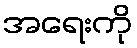
အရေးကို